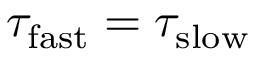
\tau _ { \mathrm { f a s t } } = \tau _ { \mathrm { s l o w } }